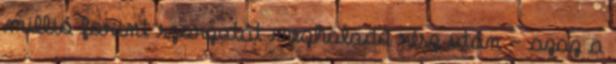
millió forint szorzatát meghaladó rész után – azaz a